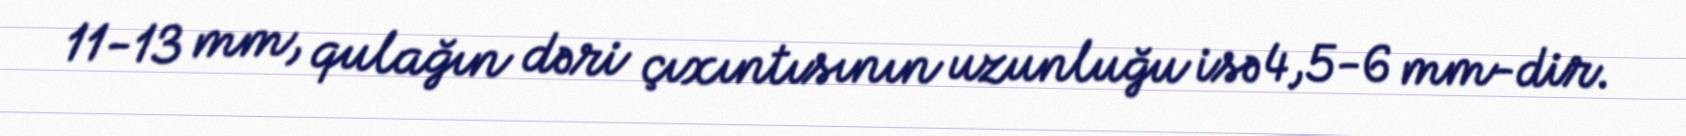
11-13 mm, qulağın dəri çıxıntısının uzunluğu isə 4,5-6 mm-dir.